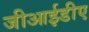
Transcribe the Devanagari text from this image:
जीआईडीए